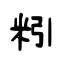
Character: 粌